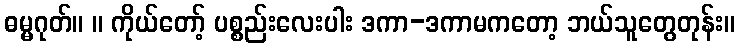
ဓမ္မဂုတ်။ ။ ကိုယ်တော့် ပစ္စည်းလေးပါး ဒကာ-ဒကာမကတော့ ဘယ်သူတွေတုန်း။